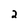
Character: 2